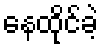
နေထိုင်ခဲ့